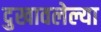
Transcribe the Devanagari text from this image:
दुखावलेल्या